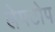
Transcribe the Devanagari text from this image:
लेपटोप